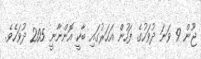
ޖޫން 9 ވަނަ ދުވަހުގެ ފަހުން އަހަރުގައި ބާކީ އޮންނާނީ 205 ދުވަހެވެ.